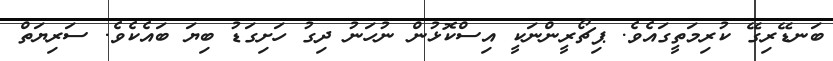
ބަނޑޭރިގޭ ކުރިމަތީގައެވެ. ޕިޗޯރީންނަކީ އިސްކޮޅުން ނުހަނު ދިގު ހަށިގަޑު ބިޔަ ބައެކެވެ. ސަރިޔަތް